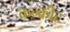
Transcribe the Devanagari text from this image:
कन्क्रीट